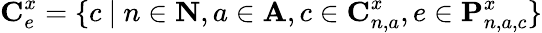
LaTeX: \textbf{C}_{e}^{x}=\{ c\ |\ n\in\textbf{N},a\in\textbf{A},c\in\textbf{C}_{n,a}^{x},e\in\textbf{P}_{n,a,c}^{x}\}